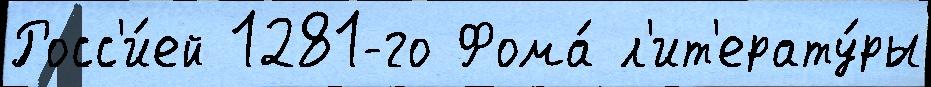
Росс'и́ей 1281-го Фома́ л'ит'ерату́ры